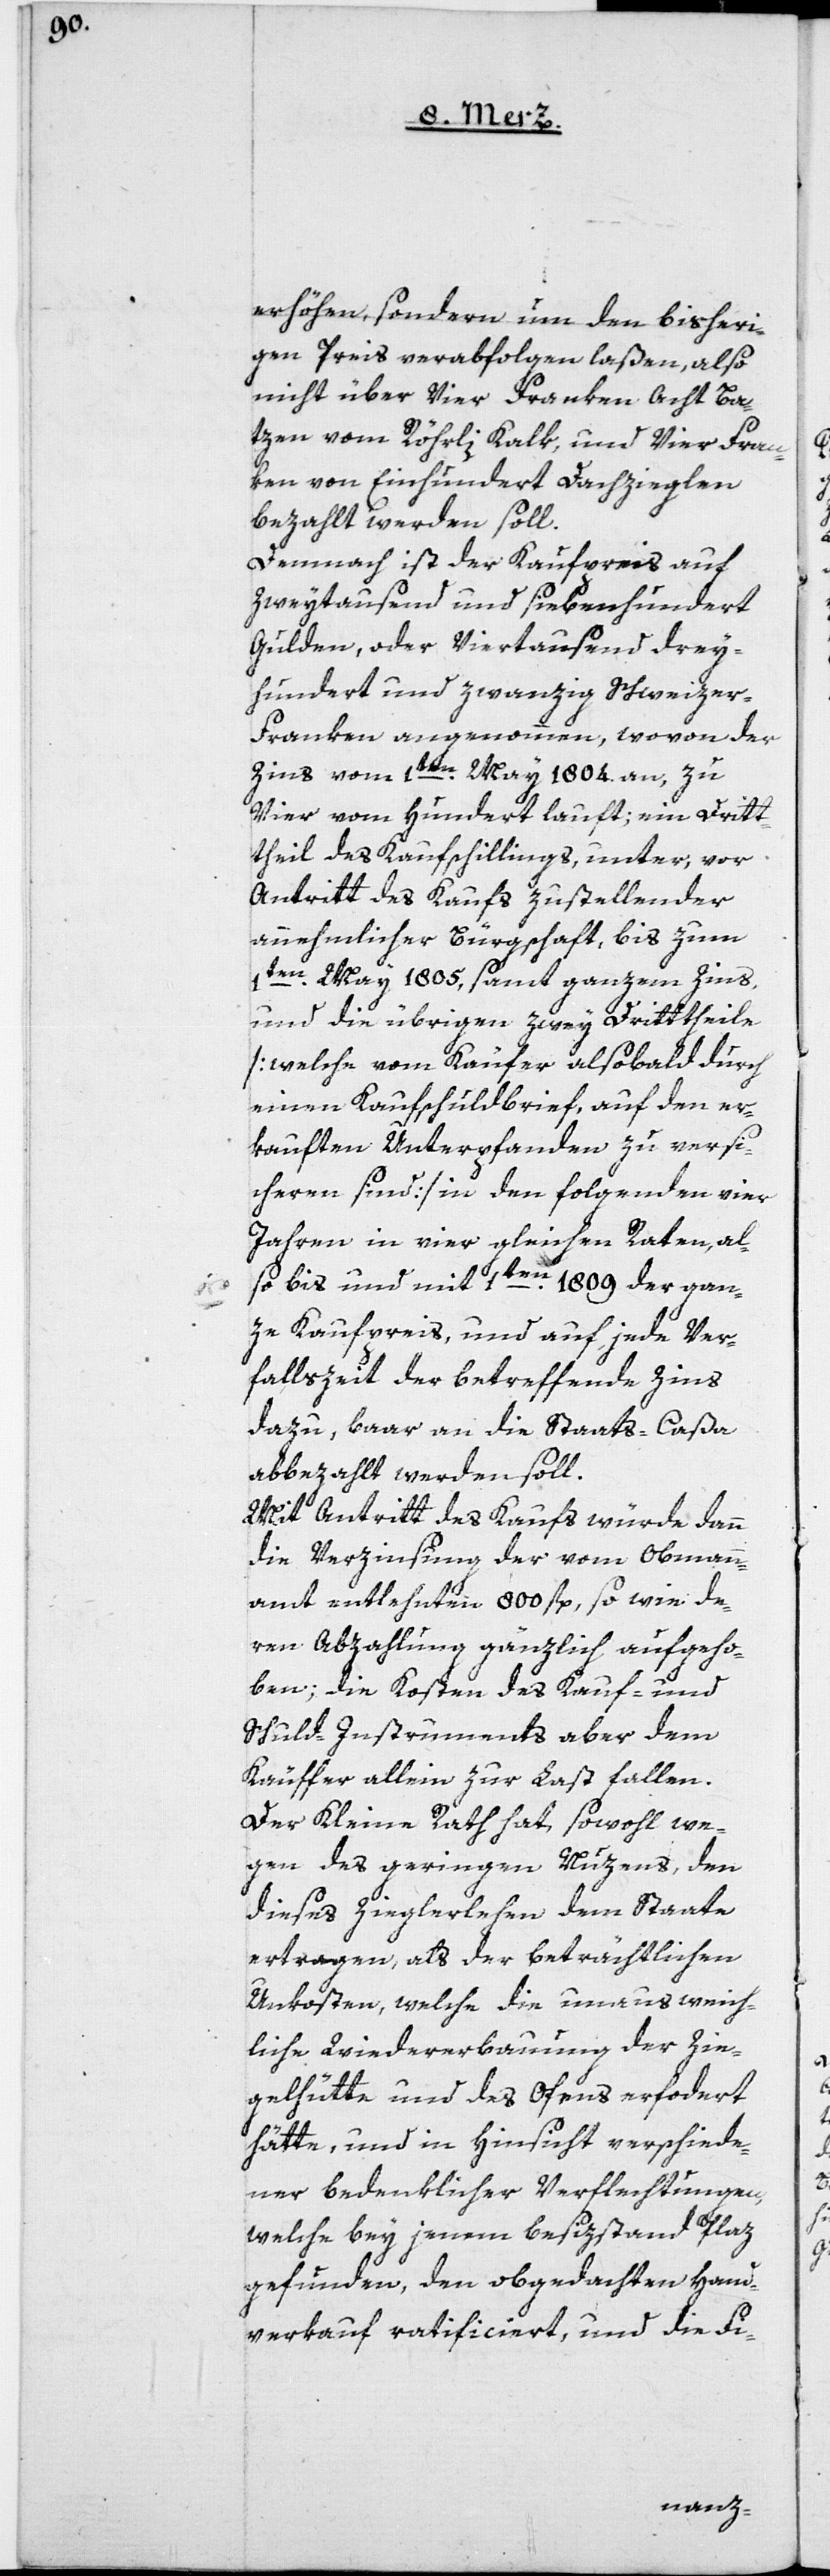
erhöhe, sondern um den bisheri¬
gen Preis verabfolgen laßen, also
nicht über Vier Franken Acht Ba¬
tzen vom Röhrli Kalk, und vier Fran¬
ken von Einhundert Dachzieglen
bezahlt werden soll.
Demnach ist der Kaufpreis auf
Zweytausend und siebenhundert
Gulden, oder Viertausend drey¬
hundert und zwanzig Schweizer
Franken angenommen, wovon der
Zins vom 1ten May 1804. an, zu
Vier vom Hundert lauft; ein Dritt¬
theil des Kaufschillings, unter, vor
Antritt des Kaufs zu stellender
annehmlicher Bürgschaft, bis zum
1ten May 1805, samt ganzem Zins,
und die übrigen zwey Dritttheile
[welche vom Käufer alsobald durch
einen Kaufschuldbrief, auf den er¬
kauften Unterpfanden zu versi¬
cheren sind] in den folgenden vier
Jahren in vier gleichen Raten, al¬
so bis und mit 1ten 1809 der gan¬
ze Kaufpreis, und auf, jede Ver¬
fallszeit der betreffende Zins
dazu, baar an die Staats-Caßa
abbezahlt werden soll.
Mit Antritt des Kaufs würde dann
die Verzinsung der vom Obmann¬
amt entlehnten 800 fl., sowie de¬
ren Abzahlung gänzlich aufgeho¬
ben; die Kosten des Kauf- und
Schuld-Instruments aber dem
Käuffer allein zur Last fallen.
Der Kleine Rath hat, sowohl we¬
gen des geringen Nuzens, den
dieses Zieglerlehen dem Staate
ertragen, als der beträchtlichen
Unkosten, welche die unausweich¬
liche Wiedererbauung der Zie¬
gelhütte und des Ofens erfordert
hätte, und in Hinsicht verschiede¬
ner bedenklicher Verflechtungen,
welche bey jenem Besizstand Plaz
gefunden, den obgedachten Hand¬
verkauf ratificiert, und die Fi-